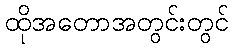
ထိုအတောအတွင်းတွင်